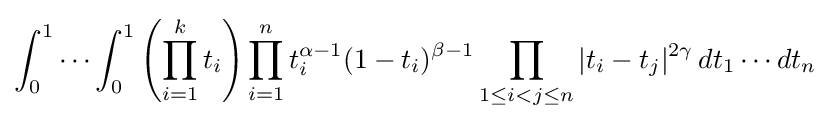
\int _{0}^{1}\cdots \int _{0}^{1}\left(\prod _{i=1}^{k}t_{i}\right)\prod _{i=1}^{n}t_{i}^{\alpha -1}(1-t_{i})^{\beta -1}\prod _{1\leq i<j\leq n}|t_{i}-t_{j}|^{2\gamma }\,dt_{1}\cdots dt_{n}